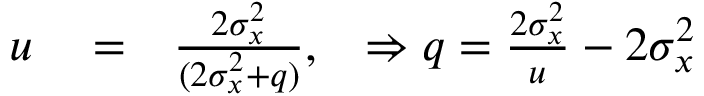
\begin{array} { r l r } { u } & { { } = } & { \frac { 2 \sigma _ { x } ^ { 2 } } { ( 2 \sigma _ { x } ^ { 2 } + q ) } , \; \; \; \Rightarrow q = \frac { 2 \sigma _ { x } ^ { 2 } } { u } - 2 \sigma _ { x } ^ { 2 } } \end{array}